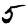
Digit: 5